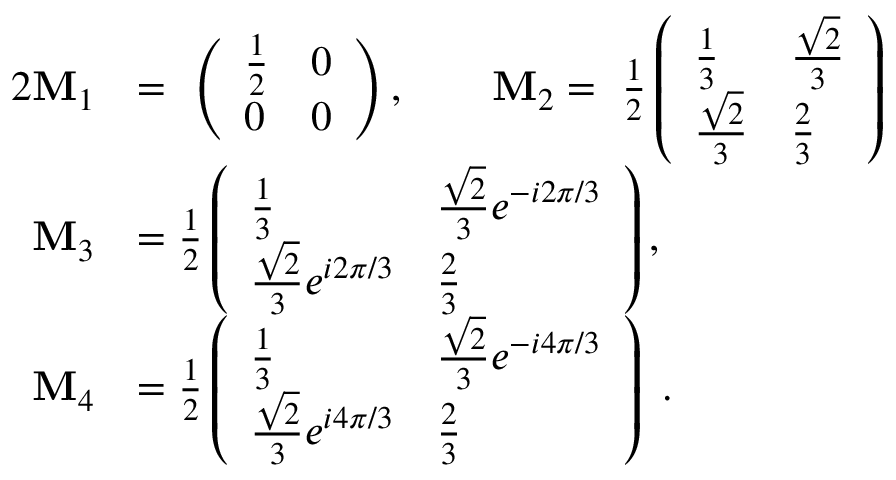
\begin{array} { r l } { { 2 } \mathbf { M } _ { 1 } } & { = ~ \left( \begin{array} { l l } { \frac 1 2 } & { 0 } \\ { 0 } & { 0 } \end{array} \right) , \quad \quad \mathbf { M } _ { 2 } = ~ \frac 1 2 \left( \begin{array} { l l } { \frac 1 3 } & { \frac { \sqrt 2 } { 3 } } \\ { \frac { \sqrt 2 } { 3 } } & { \frac 2 3 } \end{array} \right) } \\ { \mathbf { M } _ { 3 } } & { = \frac 1 2 \left( \begin{array} { l l } { \frac 1 3 } & { \frac { \sqrt 2 } { 3 } e ^ { - i 2 \pi / 3 } } \\ { \frac { \sqrt 2 } { 3 } e ^ { i 2 \pi / 3 } } & { \frac 2 3 } \end{array} \right) , } \\ { \mathbf { M } _ { 4 } } & { = \frac 1 2 \left( \begin{array} { l l } { \frac 1 3 } & { \frac { \sqrt 2 } { 3 } e ^ { - i 4 \pi / 3 } } \\ { \frac { \sqrt 2 } { 3 } e ^ { i 4 \pi / 3 } } & { \frac 2 3 } \end{array} \right) ~ . } \end{array}